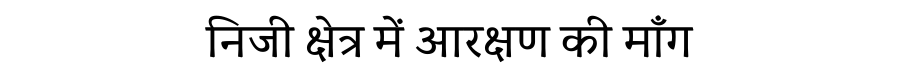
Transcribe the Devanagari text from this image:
निजी क्षेत्र में आरक्षण की माँग